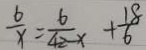
\frac { 6 } { x } = \frac { 6 } { 4 2 - x } + \frac { 1 8 } { 6 }